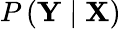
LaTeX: P\left(\mathbf{Y}\mid\mathbf{X}\right)